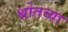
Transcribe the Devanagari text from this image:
श्रोतव्या